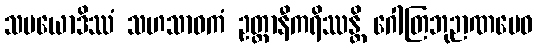
သမယောဒိဿံ သဟသာဝကံ ဥတ္တာနီကရိဿန္တိ ဂေါတြဘုဉာဏမေဝ